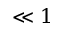
\ll 1